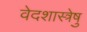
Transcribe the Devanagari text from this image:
वेदशास्त्रेषु